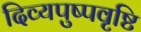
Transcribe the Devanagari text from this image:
दिव्यपुष्पवृष्टि